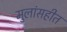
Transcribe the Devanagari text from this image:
मुलांसहीत